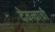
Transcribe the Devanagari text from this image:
देवत्वाची